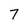
Character: 7